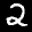
Label: 2